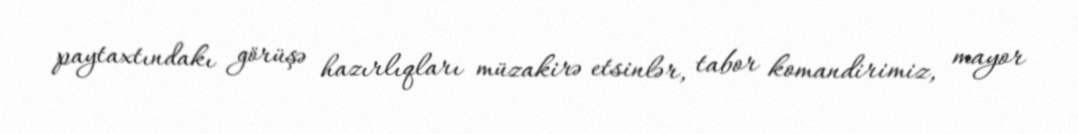
paytaxtındakı görüşə hazırlıqları müzakirə etsinlər, tabor komandirimiz, mayor